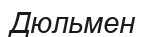
Дюльмен